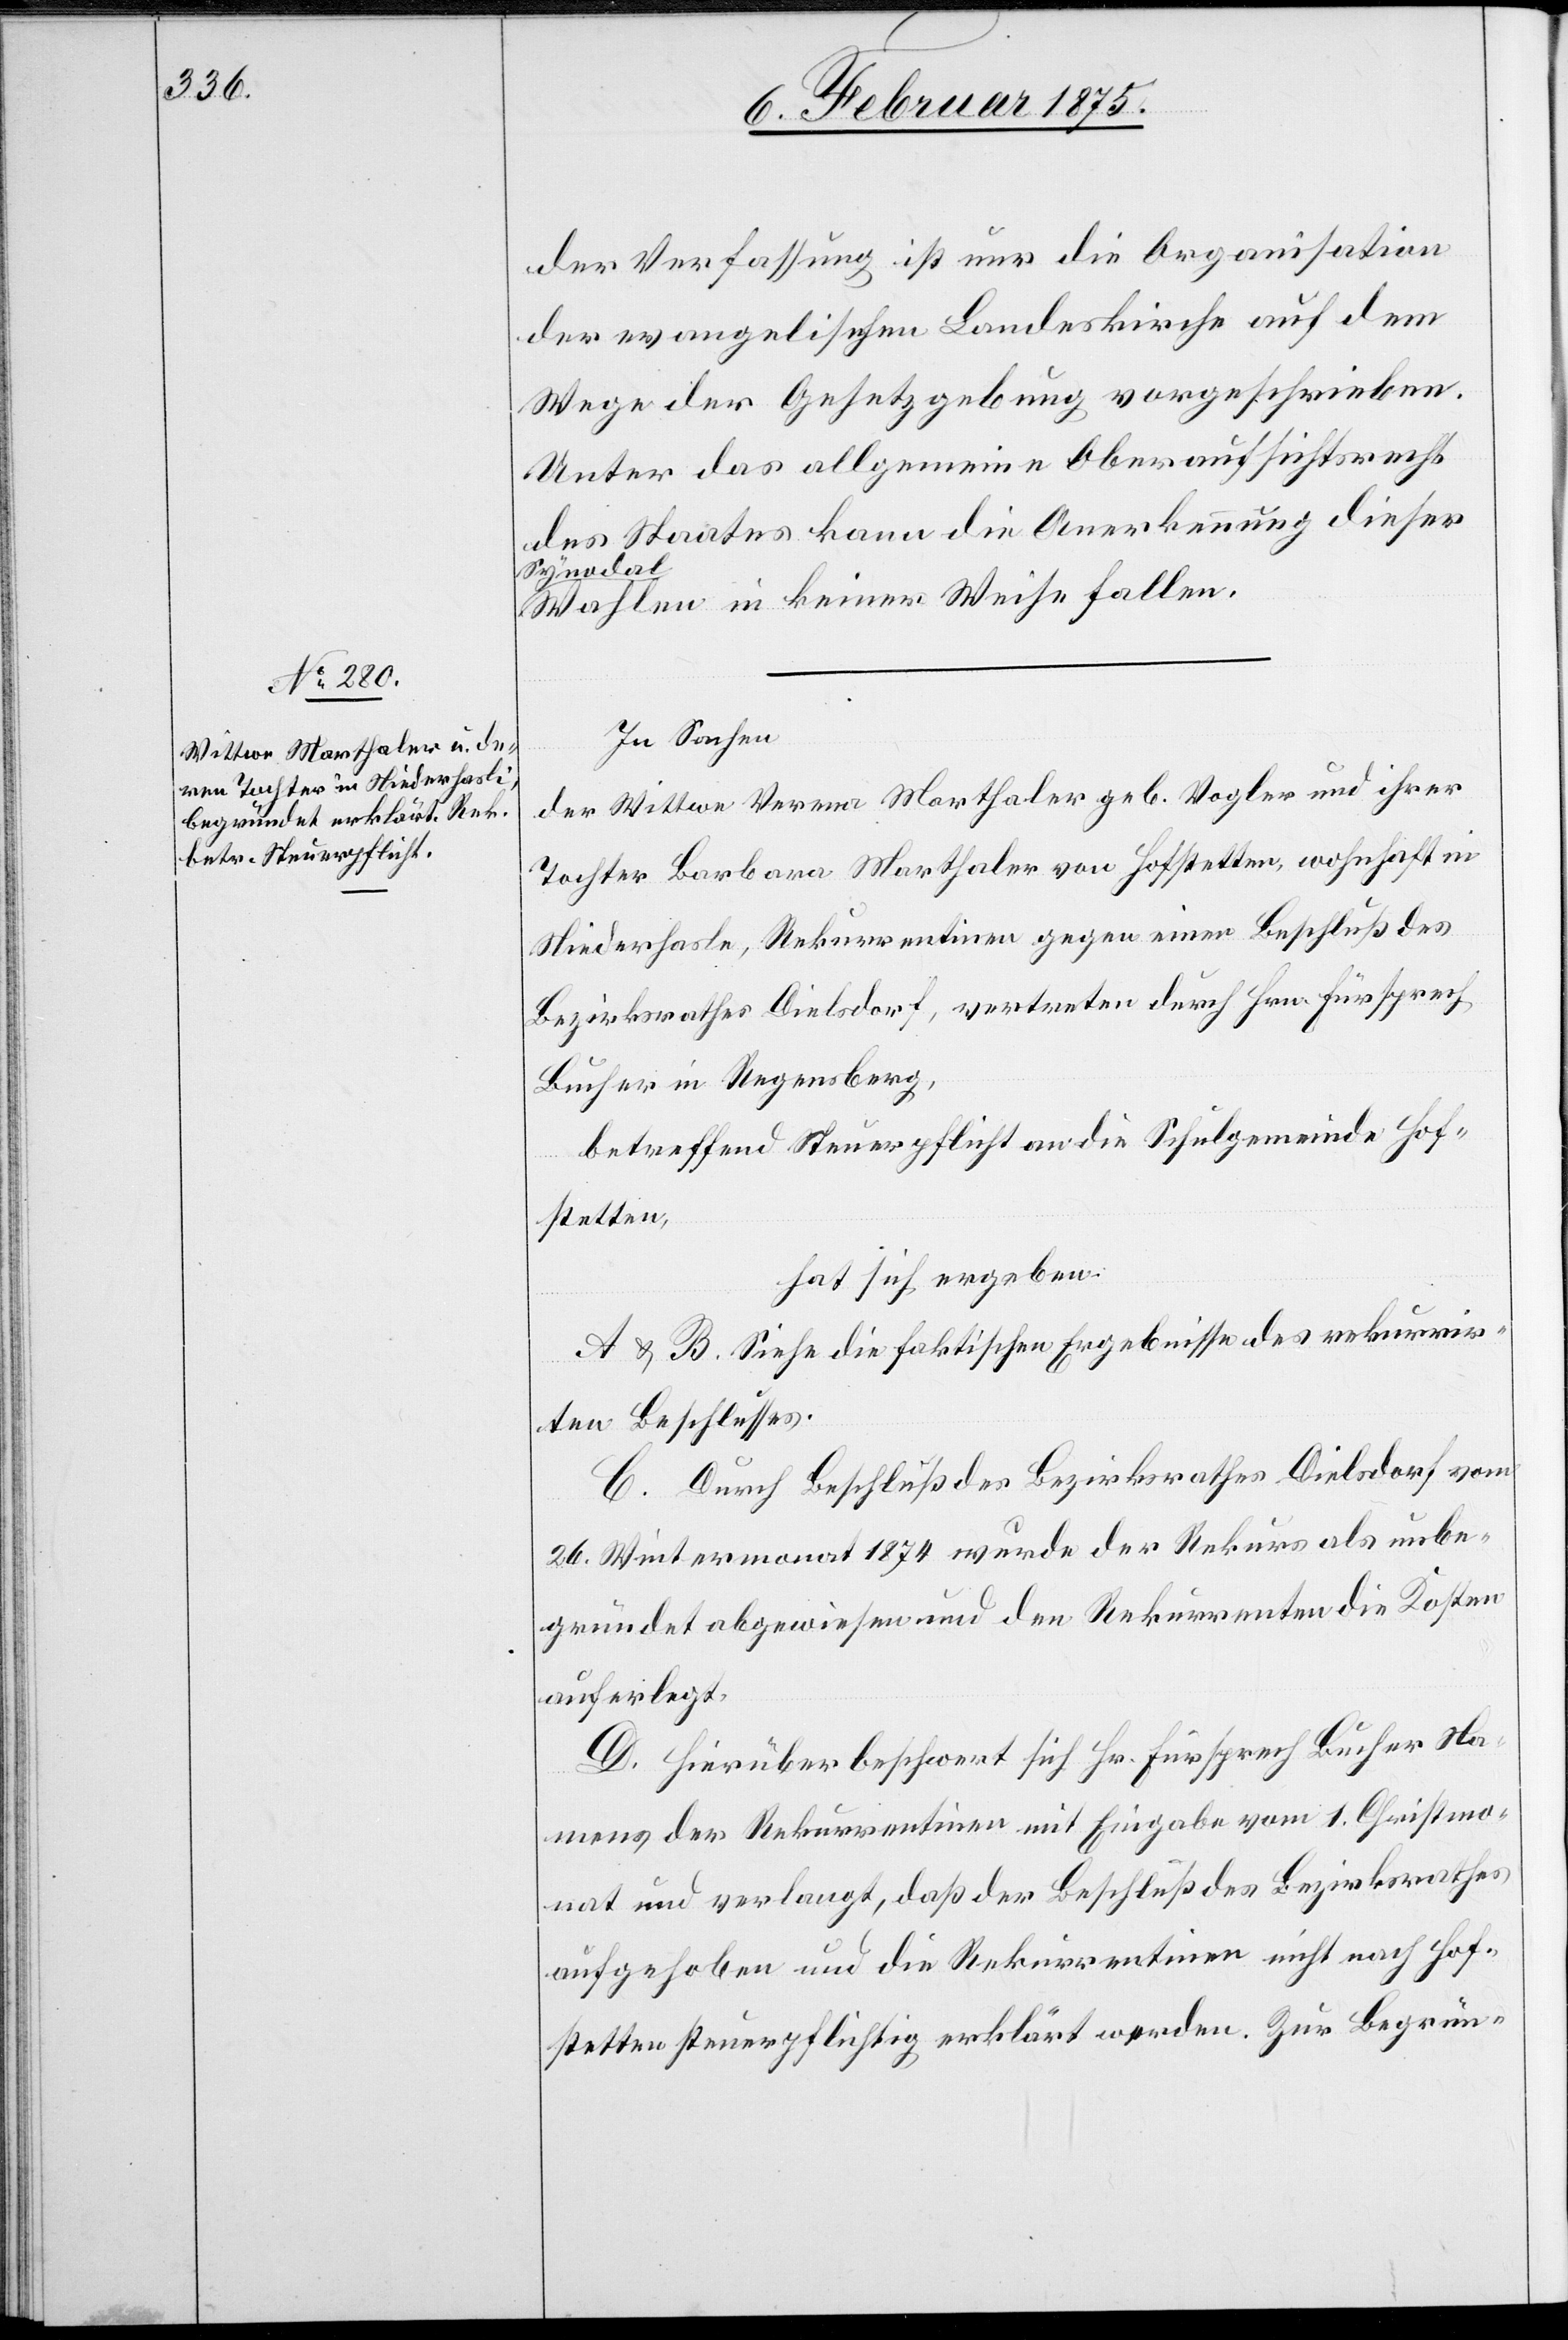
der Verfassung ist nur die Organisation
der evangelischen Landeskirche auf dem
Wege der Gesetzgebung vorgeschrieben.
Unter das allgemeine Oberaufsichtsrecht
des Staates kann die Anerkennung dieser
Wahlen in keiner Weise fallen.
In Sachen
der Wittwe Verena Marthaler geb. Vogler und ihrer
Tochter Barbara Marthaler von Hofstetten, wohnhaft in
Niederhasle [sic!], Rekurrentinnen gegen einen Beschluß des
Bezirksrathes Dielsdorf, vertreten durch Hrn. Fürsprech
Bucher in Regensberg,
betreffend Steuerpflicht an die Schulgemeinde Hof¬
stetten,
hat sich ergeben:
A u.B. Siehe die faktischen Ergebnisse des rekurrir¬
ten Beschlusses.
C. Durch Beschluß des Bezirksrathes Dielsdorf vom
26. Wintermonat 1874 wurde der Rekurs als unbe¬
gründet abgewiesen und den Rekurrenten die Kosten
auferlegt.
D. Hierüber beschwert sich Hr. Fürsprech Bucher Na¬
mens der Rekurrentinnen mit Eingabe vom 1. Christmo¬
nat und verlangt, daß der Beschluß des Bezirksrathes
aufgehoben und die Rekurrentinnen nicht nach Hof¬
stetten steuerpflichtig erklärt werden. Zur Begrün-